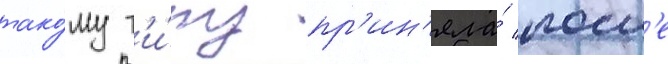
тако́му т'и́пу пр'ин'яла́ посл'е